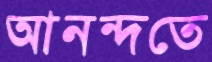
আনন্দতে